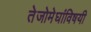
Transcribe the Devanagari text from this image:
तेजोमेघांविषयी